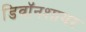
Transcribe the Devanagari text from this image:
डिवॉनशायर